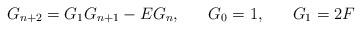
LaTeX: \begin{align*}G_{n+2} = G_{1} G_{n+1}-EG_{n},\;\;\;\;\;\; G_{0}=1,\;\;\;\;\;\;G_{1}=2F\end{align*}